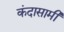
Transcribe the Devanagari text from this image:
कंदासामी